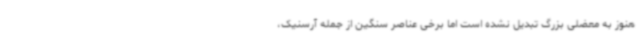
هنوز به معضلی بزرگ تبدیل نشده است اما برخی عناصر سنگین از جمله آرسنیک،